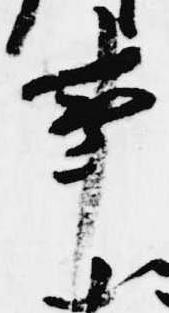
事